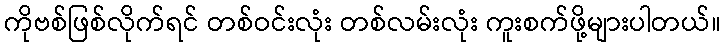
ကိုဗစ်ဖြစ်လိုက်ရင် တစ်ဝင်းလုံး တစ်လမ်းလုံး ကူးစက်ဖို့များပါတယ်။